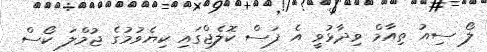
ލޯ ސިއު ތިއާމް ވިދާޅުވީ އެ ފަސް ކޮލެޖްގައި ކިޔެވުމުގެ ޖުމްލަ ކޯސް